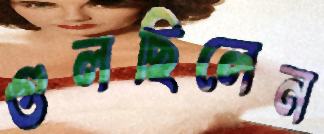
গুলছিলেন